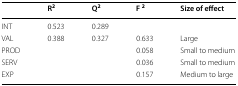
|  | R2 | Q2 | F 2 | Size of effect |
 | --- | --- | --- | --- | --- |
 | INT | 0.523 | 0.289 |  |  |
 | VAL | 0.388 | 0.327 | 0.633 | Large |
 | PROD |  |  | 0.058 | Small to medium |
 | SERV |  |  | 0.036 | Small to medium |
 | EXP |  |  | 0.157 | Medium to large |